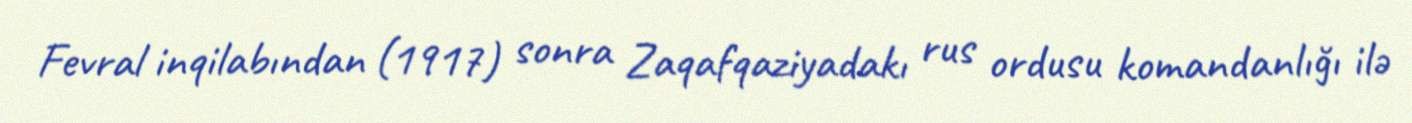
Fevral inqilabından (1917) sonra Zaqafqaziyadakı rus ordusu komandanlığı ilə